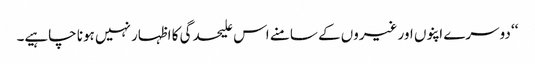
‘‘ دوسرے اپنوں اور غیروں کے سامنے اس علیحدگی کا اظہار نہیں ہونا چاہیے۔